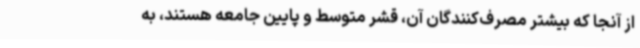
از آنجا که بیشتر مصرف‌کنندگان آن، قشر متوسط و پایین جامعه هستند، به